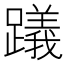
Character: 𨆋